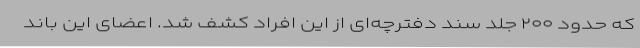
که حدود ۲۰۰ جلد سند دفترچه‌ای از این افراد کشف شد. اعضای این باند